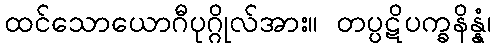
ထင်သောယောဂီပုဂ္ဂိုလ်အား။ တပ္ပဋိပက္ခနိန္နံ၊